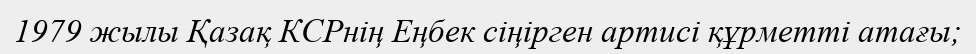
1979 жылы Қазақ КСРнің Еңбек сіңірген артисі құрметті атағы;